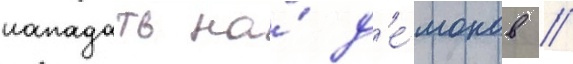
нападать на́ д'е́монов //